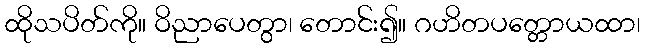
ထိုသပိတ်ကို။ ဝိညာပေတွာ၊ တောင်း၍။ ဂဟိတပတ္တောယထာ၊